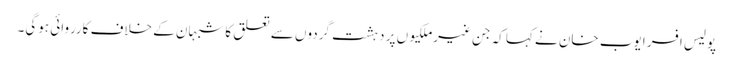
پولیس افسر ایوب خان نے کہا کہ جن غیرملکیوں پر دہشت گردوں سے تعلق کا شبہان کے خلاف کارروائی ہوگی۔